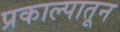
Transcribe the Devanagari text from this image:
प्रकाल्पातून